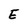
Character: E